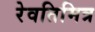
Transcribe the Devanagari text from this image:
रेवतिमित्र